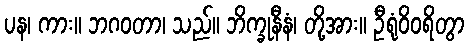
ပန၊ ကား။ ဘဂဝတာ၊ သည်။ ဘိက္ခုနီနံ၊ တို့အား။ ဦရုံဝိဝရိတွာ